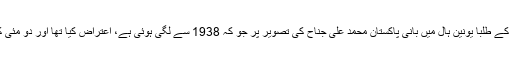
ہندو تنظیموں کے کارکنوں نے یونیورسٹی کے طلبا یونین ہال میں بانی پاکستان محمد علی جناح کی تصویر پر جو کہ 1938 سے لگی ہوئی ہے، اعتراض کیا تھا اور دو مئی کو کیمپس میں گھسنے کی کوشش کی تھی۔